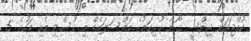
ކުއްޖަކަށް ޖިންސީ ގޯނާ ކުރިކަމުގެ މައްސަލައެއް މި ހުސްވި މެއި މަހުގެ 5